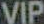
VIP